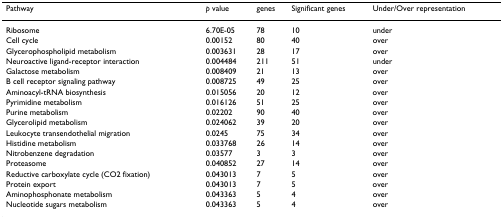
<table><thead><tr><td><b>Pathway</b></td><td><b><i>p</i> value</b></td><td><b>genes</b></td><td><b>Significant genes</b></td><td><b>Under/Over representation</b></td></tr></thead><tbody><tr><td>Ribosome</td><td>6.70E-05</td><td>78</td><td>10</td><td>under</td></tr><tr><td>Cell cycle</td><td>0.00152</td><td>80</td><td>40</td><td>over</td></tr><tr><td>Glycerophospholipid metabolism</td><td>0.003631</td><td>28</td><td>17</td><td>over</td></tr><tr><td>Neuroactive ligand-receptor interaction</td><td>0.004484</td><td>211</td><td>51</td><td>under</td></tr><tr><td>Galactose metabolism</td><td>0.008409</td><td>21</td><td>13</td><td>over</td></tr><tr><td>B cell receptor signaling pathway</td><td>0.008725</td><td>49</td><td>25</td><td>over</td></tr><tr><td>Aminoacyl-tRNA biosynthesis</td><td>0.015056</td><td>20</td><td>12</td><td>over</td></tr><tr><td>Pyrimidine metabolism</td><td>0.016126</td><td>51</td><td>25</td><td>over</td></tr><tr><td>Purine metabolism</td><td>0.02202</td><td>90</td><td>40</td><td>over</td></tr><tr><td>Glycerolipid metabolism</td><td>0.024062</td><td>39</td><td>20</td><td>over</td></tr><tr><td>Leukocyte transendothelial migration</td><td>0.0245</td><td>75</td><td>34</td><td>over</td></tr><tr><td>Histidine metabolism</td><td>0.033768</td><td>26</td><td>14</td><td>over</td></tr><tr><td>Nitrobenzene degradation</td><td>0.03577</td><td>3</td><td>3</td><td>over</td></tr><tr><td>Proteasome</td><td>0.040852</td><td>27</td><td>14</td><td>over</td></tr><tr><td>Reductive carboxylate cycle (CO2 fixation)</td><td>0.043013</td><td>7</td><td>5</td><td>over</td></tr><tr><td>Protein export</td><td>0.043013</td><td>7</td><td>5</td><td>over</td></tr><tr><td>Aminophosphonate metabolism</td><td>0.043363</td><td>5</td><td>4</td><td>over</td></tr><tr><td>Nucleotide sugars metabolism</td><td>0.043363</td><td>5</td><td>4</td><td>over</td></tr></tbody></table>